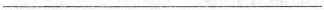
___